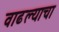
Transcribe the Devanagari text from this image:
वाढल्याचा